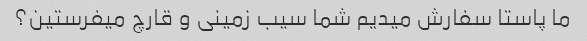
ما پاستا سفارش میدیم شما سیب زمینی و قارچ میفرستین؟